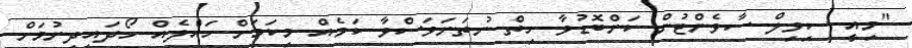
"މިއީ ސިވިލް ސާވެންޓުން ކަންބޮޑުވާ ހިތް ނުތަނަވަސްވާ ކަމެއް މިކަމަށް ހައްލެއް ހޯދައިދިނުމަށް